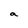
Character: a